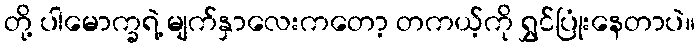
တို့ ပါမောက္ခရဲ့ မျက်နှာလေးကတော့ တကယ့်ကို ရွှင်ပြုံးနေတာပဲ။